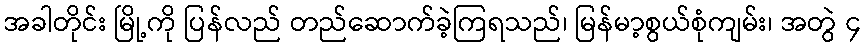
အခါတိုင်း မြို့ကို ပြန်လည် တည်ဆောက်ခဲ့ကြရသည်၊ မြန်မာ့စွယ်စုံကျမ်း၊ အတွဲ ၄